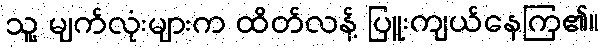
သူ့ မျက်လုံးများက ထိတ်လန့် ပြူးကျယ်နေကြ၏။